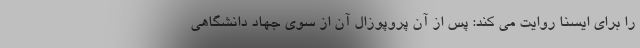
را برای ایسنا روایت می کند: پس از آن پروپوزال آن از سوی جهاد دانشگاهی